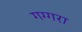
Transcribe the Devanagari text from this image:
गग्गरा